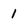
Character: 1